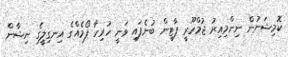
ކޮމިޝަނުން ނިންމިއިރު ޖުމްހޫރީ ޕާޓީން ބުނެފައި ވަނީ ހުރިހާ ފޯމެއްގެ އިނގިލީގެ ނިޝާން